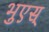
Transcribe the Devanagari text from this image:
भुएस्‌